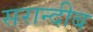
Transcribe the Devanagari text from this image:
सरान्दीब